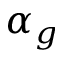
\alpha _ { g }